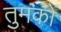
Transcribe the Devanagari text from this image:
तुमकों